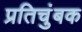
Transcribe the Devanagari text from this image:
प्रतिचुंबक